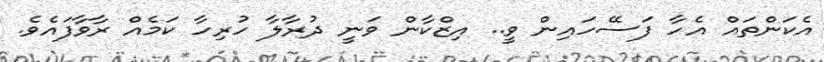
އެކަންތައް އެހާ ފަސޭހައިން ވީ.. އިޒްކާން ވަނީ ދުރާލާ ހުރިހާ ކަމެއް ރާވާފައެވެ.